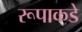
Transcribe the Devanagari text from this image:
रूपाकडे